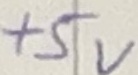
Text: +5V